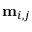
\mathbf { m } _ { i , j }